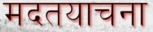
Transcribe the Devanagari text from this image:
मदतयाचना